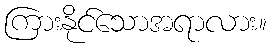
ကြားနိုင်သောအရာလား။